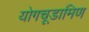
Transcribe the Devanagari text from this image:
योगचूडामिण